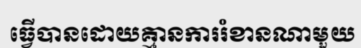
ធ្វើបានដោយគ្មានការរំខានណាមួយ